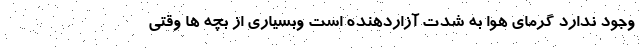
وجود ندارد گرمای هوا به شدت آزاردهنده است و‌بسیاری از بچه ها وقتی